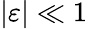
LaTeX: \left|\varepsilon\right|\ll 1